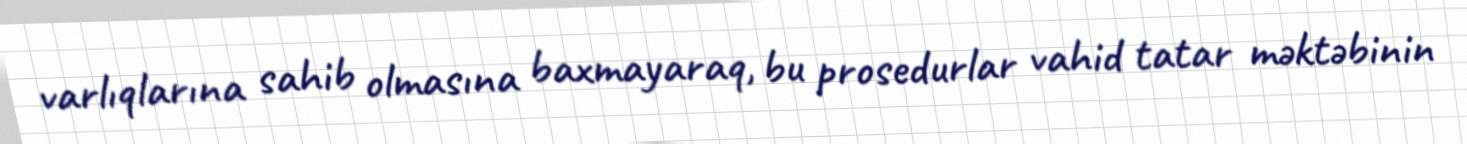
varlıqlarına sahib olmasına baxmayaraq, bu prosedurlar vahid tatar məktəbinin